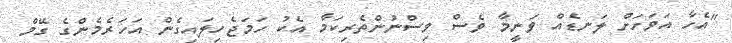
"އެހާ އަވަހަށް ލަނޑެއް ވަނީމާ ވެސް ވިސްނުންތެރިކަމާ އެކު ހަމަޖެހިލައިގެން އަހަރެމެންގެ ގޭމް